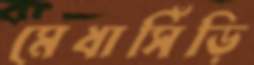
মেধাসিঁড়ি